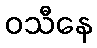
ဝသီနေ